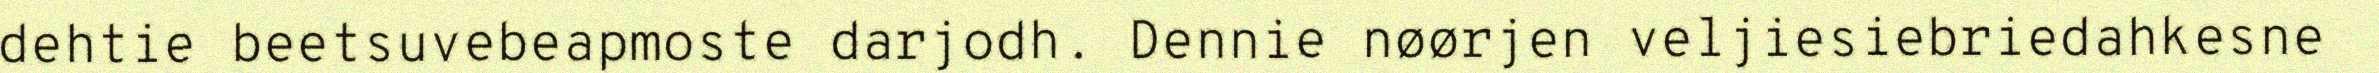
dehtie beetsuvebeapmoste darjodh. Dennie nøørjen veljiesiebriedahkesne